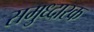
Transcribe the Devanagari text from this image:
समुध्दारक